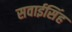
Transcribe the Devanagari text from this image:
सवाईसिंह